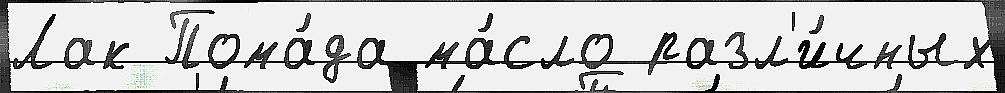
Лак Пома́да ма́сло разл'и́чных